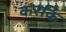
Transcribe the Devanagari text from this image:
करकि